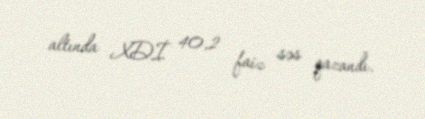
altında XDİ 40,2 faiz səs qazandı.